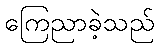
ကြေညာခဲ့သည်